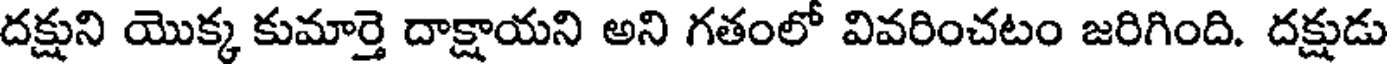
దక్షుని యొక్క కుమార్తె దాక్షాయని అని గతంలో వివరించటం జరిగింది. దక్షుడు